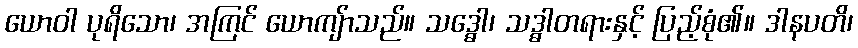
ယောဝါ ပုရိသော၊ အကြင် ယောကျ်ာသည်။ သဒ္ဓေါ၊ သဒ္ဓါတရားနှင့် ပြည့်စုံ၏။ ဒါနပတိ၊